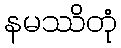
နမဿိတုံ